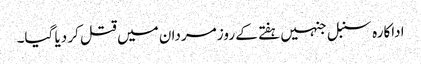
اداکارہ سنبل جنہیں ہفتے کے روز مردان میں قتل کر دیا گیا۔